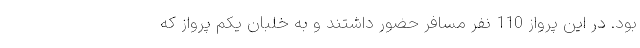
بود. در این پرواز 110 نفر مسافر حضور داشتند و به خلبان یکم پرواز که